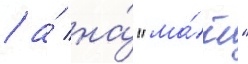
/ а́ на́ "ма́ю"